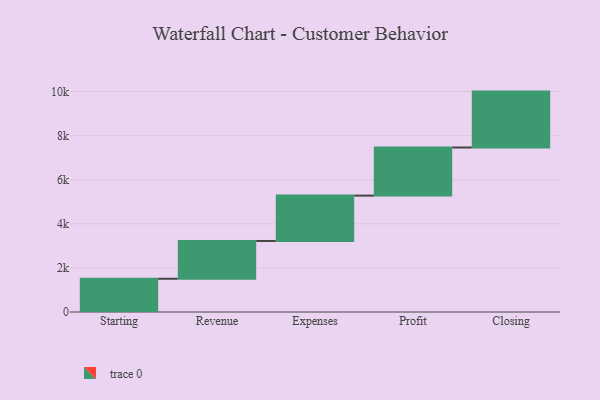
{"axis": {"x": "Step", "y": "Value"}, "legend": [""], "data": [{"x": "Starting", "y": 1508.0, "type": ""}, {"x": "Revenue", "y": 1714.0, "type": ""}, {"x": "Expenses", "y": 2058.0, "type": ""}, {"x": "Profit", "y": 2182.0, "type": ""}, {"x": "Closing", "y": 2536.0, "type": ""}]}